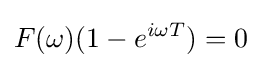
F(\omega )(1-e^{i\omega T})=0